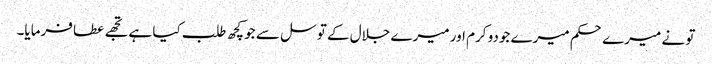
تو نے میرے حکم میرے جودو کرم اور میرے جلال کے توسل سے جو کچھ طلب کیا ہے تجھے عطا فرمایا۔